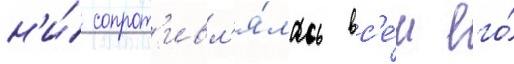
н'и́ сопрот'ивл'я́лась вс'е́м его́